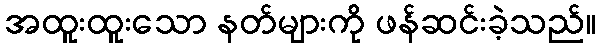
အထူးထူးသော နတ်များကို ဖန်ဆင်းခဲ့သည်။